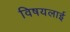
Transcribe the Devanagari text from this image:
विषयलाई